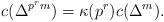
LaTeX: \begin{align*}c(\Delta^{p^{r}m})=\kappa(p^{r}) c(\Delta^m).\end{align*}